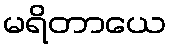
မရိတာယေ